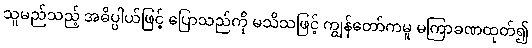
သူမည်သည့် အဓိပ္ပါယ်ဖြင့် ပြောသည်ကို မသိသဖြင့် ကျွန်တော်ကမူ မကြာခဏထုတ်၍